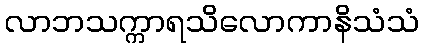
လာဘသက္ကာရသိလောကာနိသံသံ